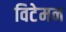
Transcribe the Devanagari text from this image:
विटेमन